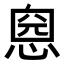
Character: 𢝏